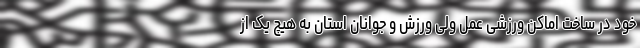
خود در ساخت اماکن ورزشی عمل ولی ورزش و جوانان استان به هیچ یک از